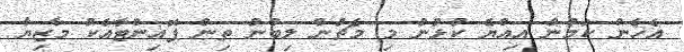
އެހެން ކަމުން އިއްޔެ ކުޅުނު މި މެޗުން ލިބުނު ތިން ޕޮއިންޓާއެކު މާޒިޔާ